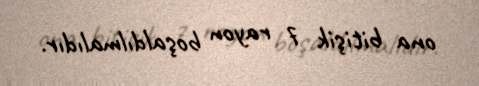
ona bitişik 7 rayon boşaldılmalıdır.